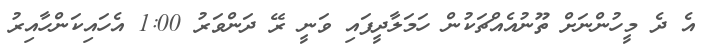
އެ ދެ މީހުންނަށް ތޫނުއެއްޗަކުން ހަމަލާދީފައި ވަނީ ރޭ ދަންވަރު 1:00 އެހައިކަންހާއިރު